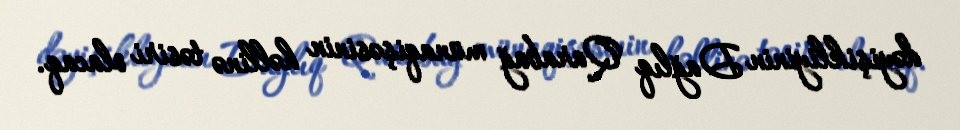
dəyişikliyinin Dağlıq Qarabağ münaqişəsinin həllinə təsiri olacaq.